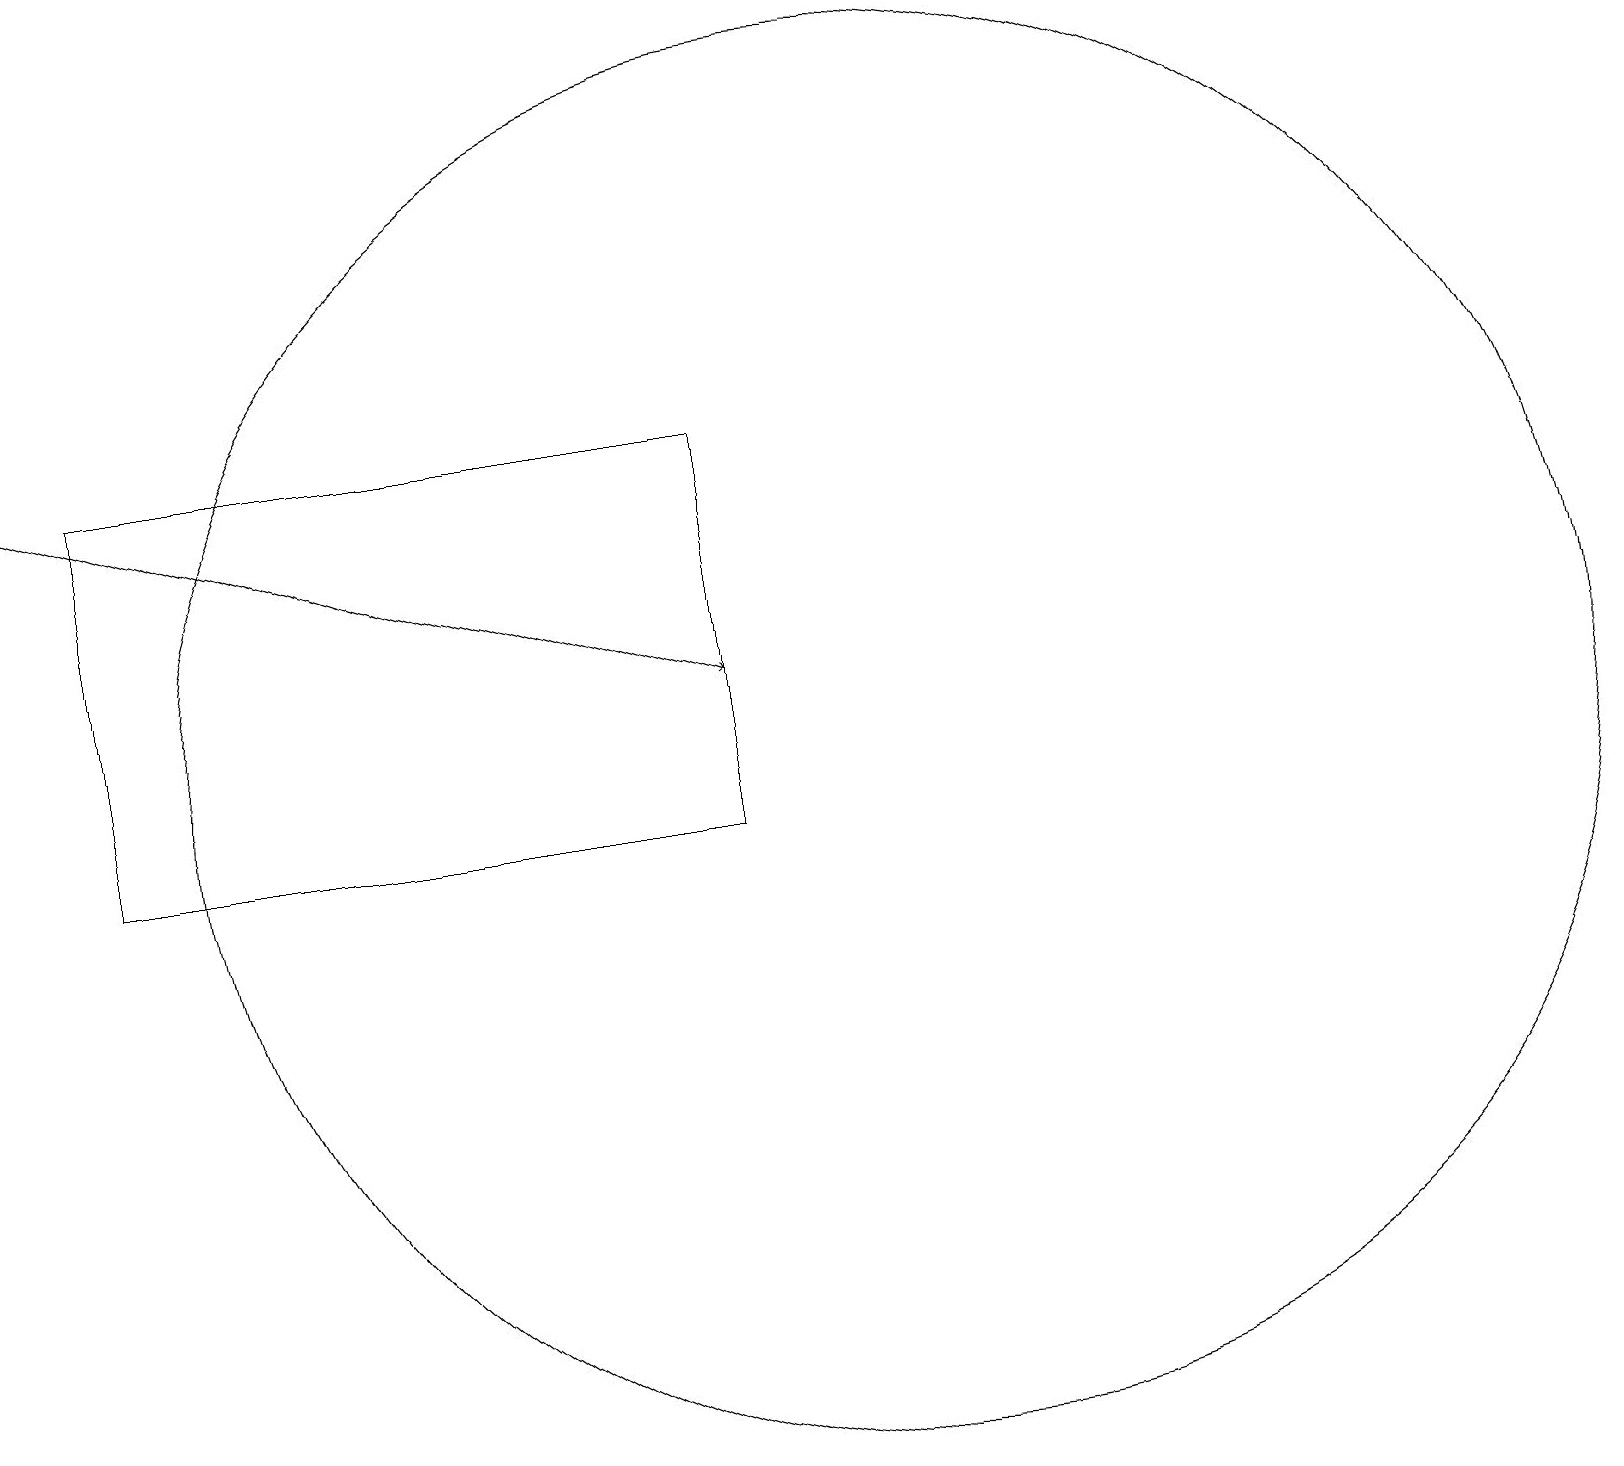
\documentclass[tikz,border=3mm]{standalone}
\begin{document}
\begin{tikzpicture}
\draw[->] (0,16) -- (9,13);
\draw (9,16) rectangle (1,11);
\draw (11,12) circle (9);
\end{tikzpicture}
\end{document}